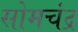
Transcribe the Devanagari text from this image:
सोमचंद्र